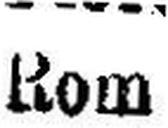
Rom